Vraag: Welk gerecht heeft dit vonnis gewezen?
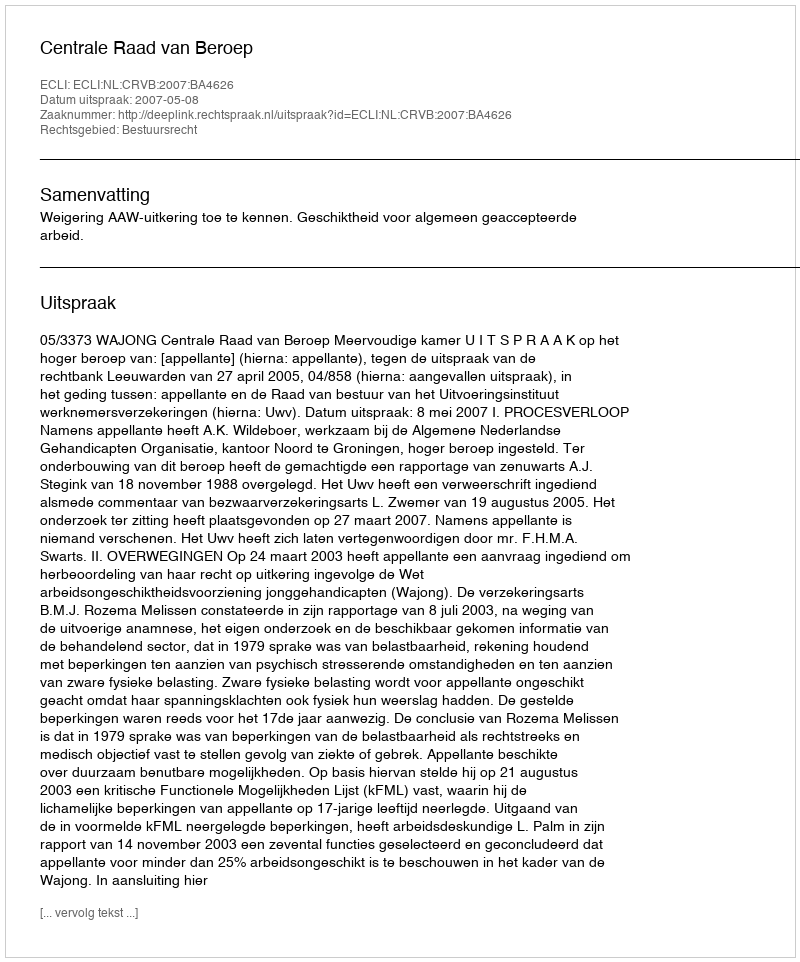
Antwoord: Centrale Raad van Beroep